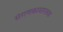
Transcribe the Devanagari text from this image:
संगणकासारख्या